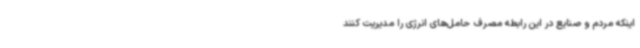
اینکه مردم و صنایع در این رابطه مصرف حامل‌های انرژی را مدیریت کنند